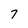
Character: 7